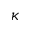
\kappa